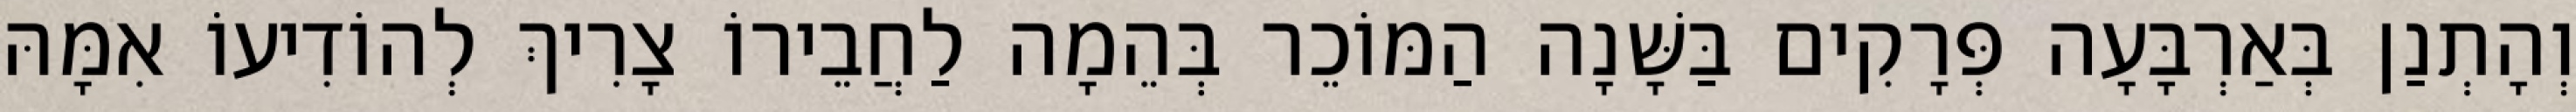
וְהָתְנַן בְּאַרְבָּעָה פְּרָקִים בַּשָּׁנָה הַמּוֹכֵר בְּהֵמָה לַחֲבֵירוֹ צָרִיךְ לְהוֹדִיעוֹ אִמָּהּ